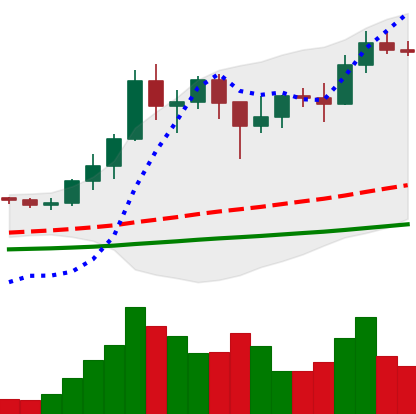
Ticker: ADA-USD
Chart end date: 2021-01-19
Forward return: -4.133%
Label: down_3_5